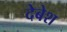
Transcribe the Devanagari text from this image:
देबेश